system: You are a helpful assistant.
user:
Analyze the provided spectrum to determine if it is a **S-type Star**.

- **Key Indicators for S-type Star:**

    - **(Overall Spectrum Shape):** The first and most obvious characteristic is the overall continuum (the "baseline" shape). It is **extremely "red-sloping,"** meaning the flux (light intensity) is very low on the left side (blue, ~4000-4500 Å) and rises steeply and continuously toward the right side (red, ~7000 Å+).

    - **(Primary):** The spectrum is defined by the presence of strong, broad molecular absorption "valleys" (bands) from **Zirconium Oxide (ZrO)**. The identification of these bands is the **primary requirement** for classifying a star as S-type.
        - **(Key Bandheads):** You must find distinct, deep "dips" where the light has been absorbed. The most critical band systems to locate are:
            - **~6474 Å** ($\gamma$-system): This is often the strongest and clearest ZrO feature, found in the red part of the spectrum.
            - **~5718 Å** & **~5551 Å** ($\beta$-system): A pair of prominent absorption features in the yellow-orange part of the spectrum.
            - **~4640 Å** ($\alpha$-system): A key absorption band system in the blue-green region of the spectrum.

    - **(Secondary Confirmation):** The classification is strengthened by finding additional absorption bands from other related heavy element oxides, which are expected to be present alongside ZrO.
        - **(Key Bandheads):**
            - **Yttrium Oxide (YO):** Look for absorption dips near **~4800 Å** and **~6100 Å**.
            - **Lanthanum Oxide (LaO):** Additional absorption features, particularly in the red-orange part of the spectrum, are also characteristic.

    - **(Line Profile):** The combination of the steep red continuum and these numerous, deep molecular bands (ZrO, YO, etc.) gives the entire spectrum a very **"chopped-up"** or **"bumpy"** appearance. Instead of a smooth curve, the spectrum looks as though large, wide chunks of light have been "carved out" of it at the specific wavelengths listed above.

Think first, call **spectral_visualization_tool** if needed to examine features in detail, then provide your final answer. Your response must adhere to the following strict rules:
1.  **Overall Structure:** Your response must follow the format `<think>...</think> <tool_call>...</tool_call> (if a tool is used) <answer>...</answer>`.
2.  **Tool Usage Constraint:** You may only make **one** tool call per turn.
3.  **Final Answer Format:** In the `<answer>` tag, your conclusion must be inside a `\boxed{}` command (e.g., `\boxed{YES}` or `\boxed{NO}`), followed by your justification.

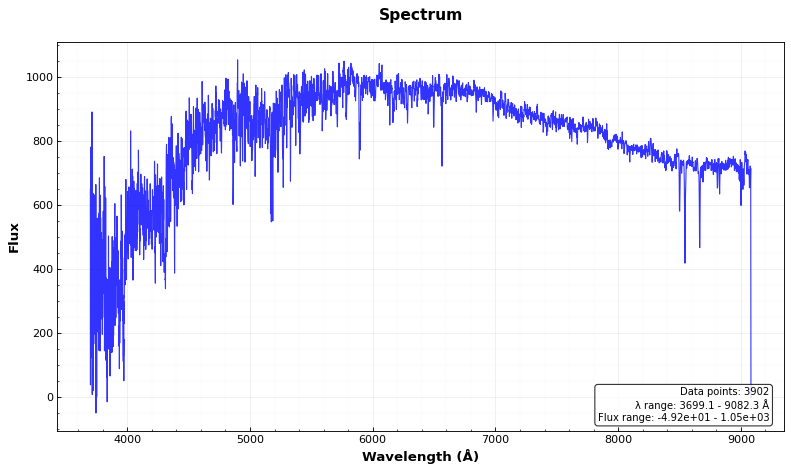
Answer: NO